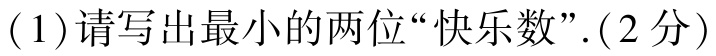
(1)请写出最小的两位“快乐数”.(2分)